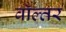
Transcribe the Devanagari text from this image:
वॉल्तर